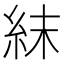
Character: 𥿉